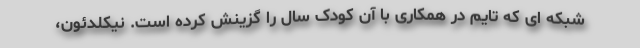
شبکه ای که تایم در همکاری با آن کودک سال را گزینش کرده است. نیکلدئون،